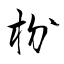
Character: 枌